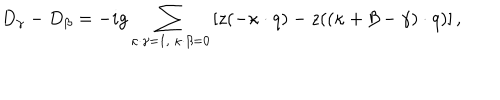
D _ { \gamma } - D _ { \beta } = - i g \sum _ { \kappa \cdot \gamma = 1 , \ \kappa \cdot \beta = 0 } \left[ z ( - \kappa \cdot q ) - z ( ( \kappa + \beta - \gamma ) \cdot q ) \right] ,